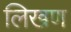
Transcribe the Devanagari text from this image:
लिखण